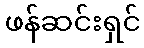
ဖန်ဆင်းရှင်